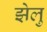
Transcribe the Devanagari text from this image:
झेलु